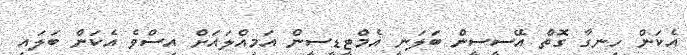
އެކަން ހިނގާ ގޮތް އޭސީސީން ބަލަނީ އެމްޓީޑީސީން އަމިއްލައަށް އިސްވެ އެކަން ބަލައި